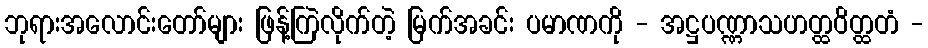
ဘုရားအလောင်းတော်များ ဖြန့်ကြဲလိုက်တဲ့ မြက်အခင်း ပမာဏကို - အဋ္ဌပဏ္ဏာသဟတ္ထဝိတ္ထတံ -